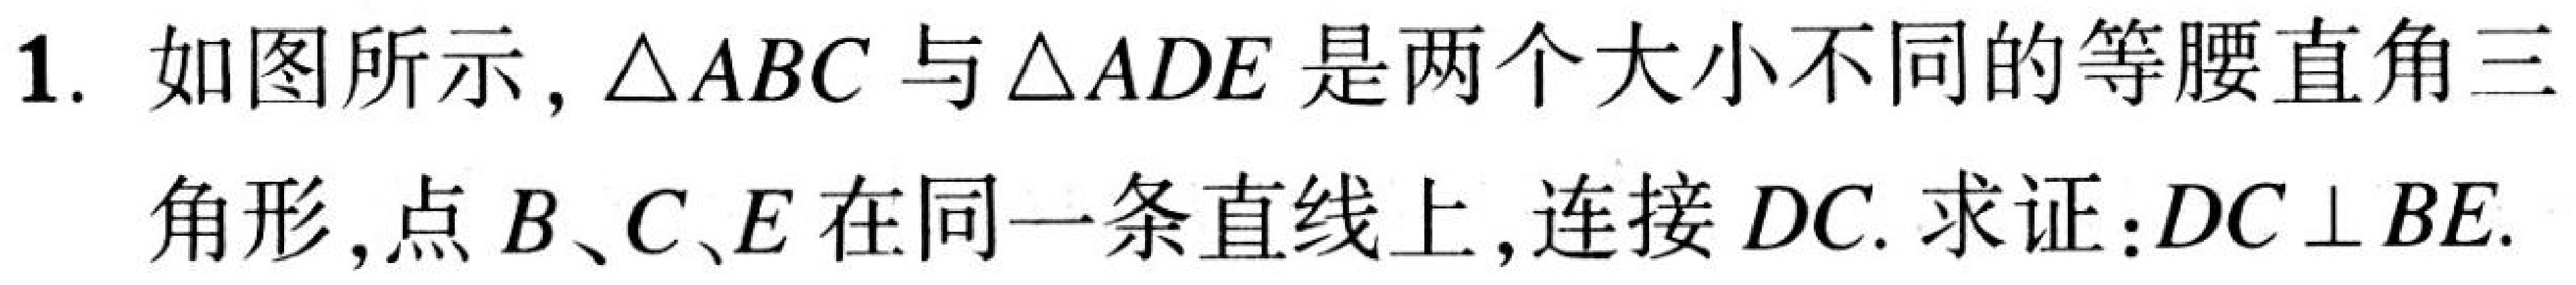
1. 如图所示,\(\triangle ABC\)与\(\triangle ADE\)是两个大小不同的等腰直角三角形,点\(B、C、E\)在同一条直线上,连接\(DC.\)求证:\(DC\perp BE\).